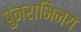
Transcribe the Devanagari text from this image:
पुनराभिनय